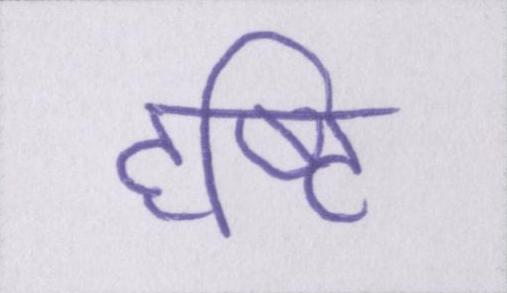
दृष्टि